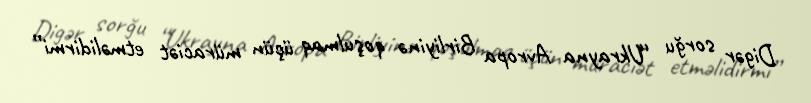
Digər sorğu “Ukrayna Avropa Birliyinə qoşulmaq üçün müraciət etməlidirmi”